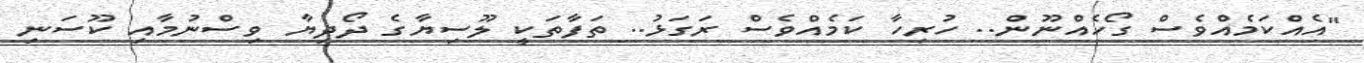
"އެއްކަމެއްވެސް ގޯހެއްނޫން.. ހުރިހާ ކަމެއްވެސް ރަގަޅު.. ތަފާތަކީ ލޫސިޔާގެ ދޯދިޔާ ވިސްނުމާއި ކޫސަނި